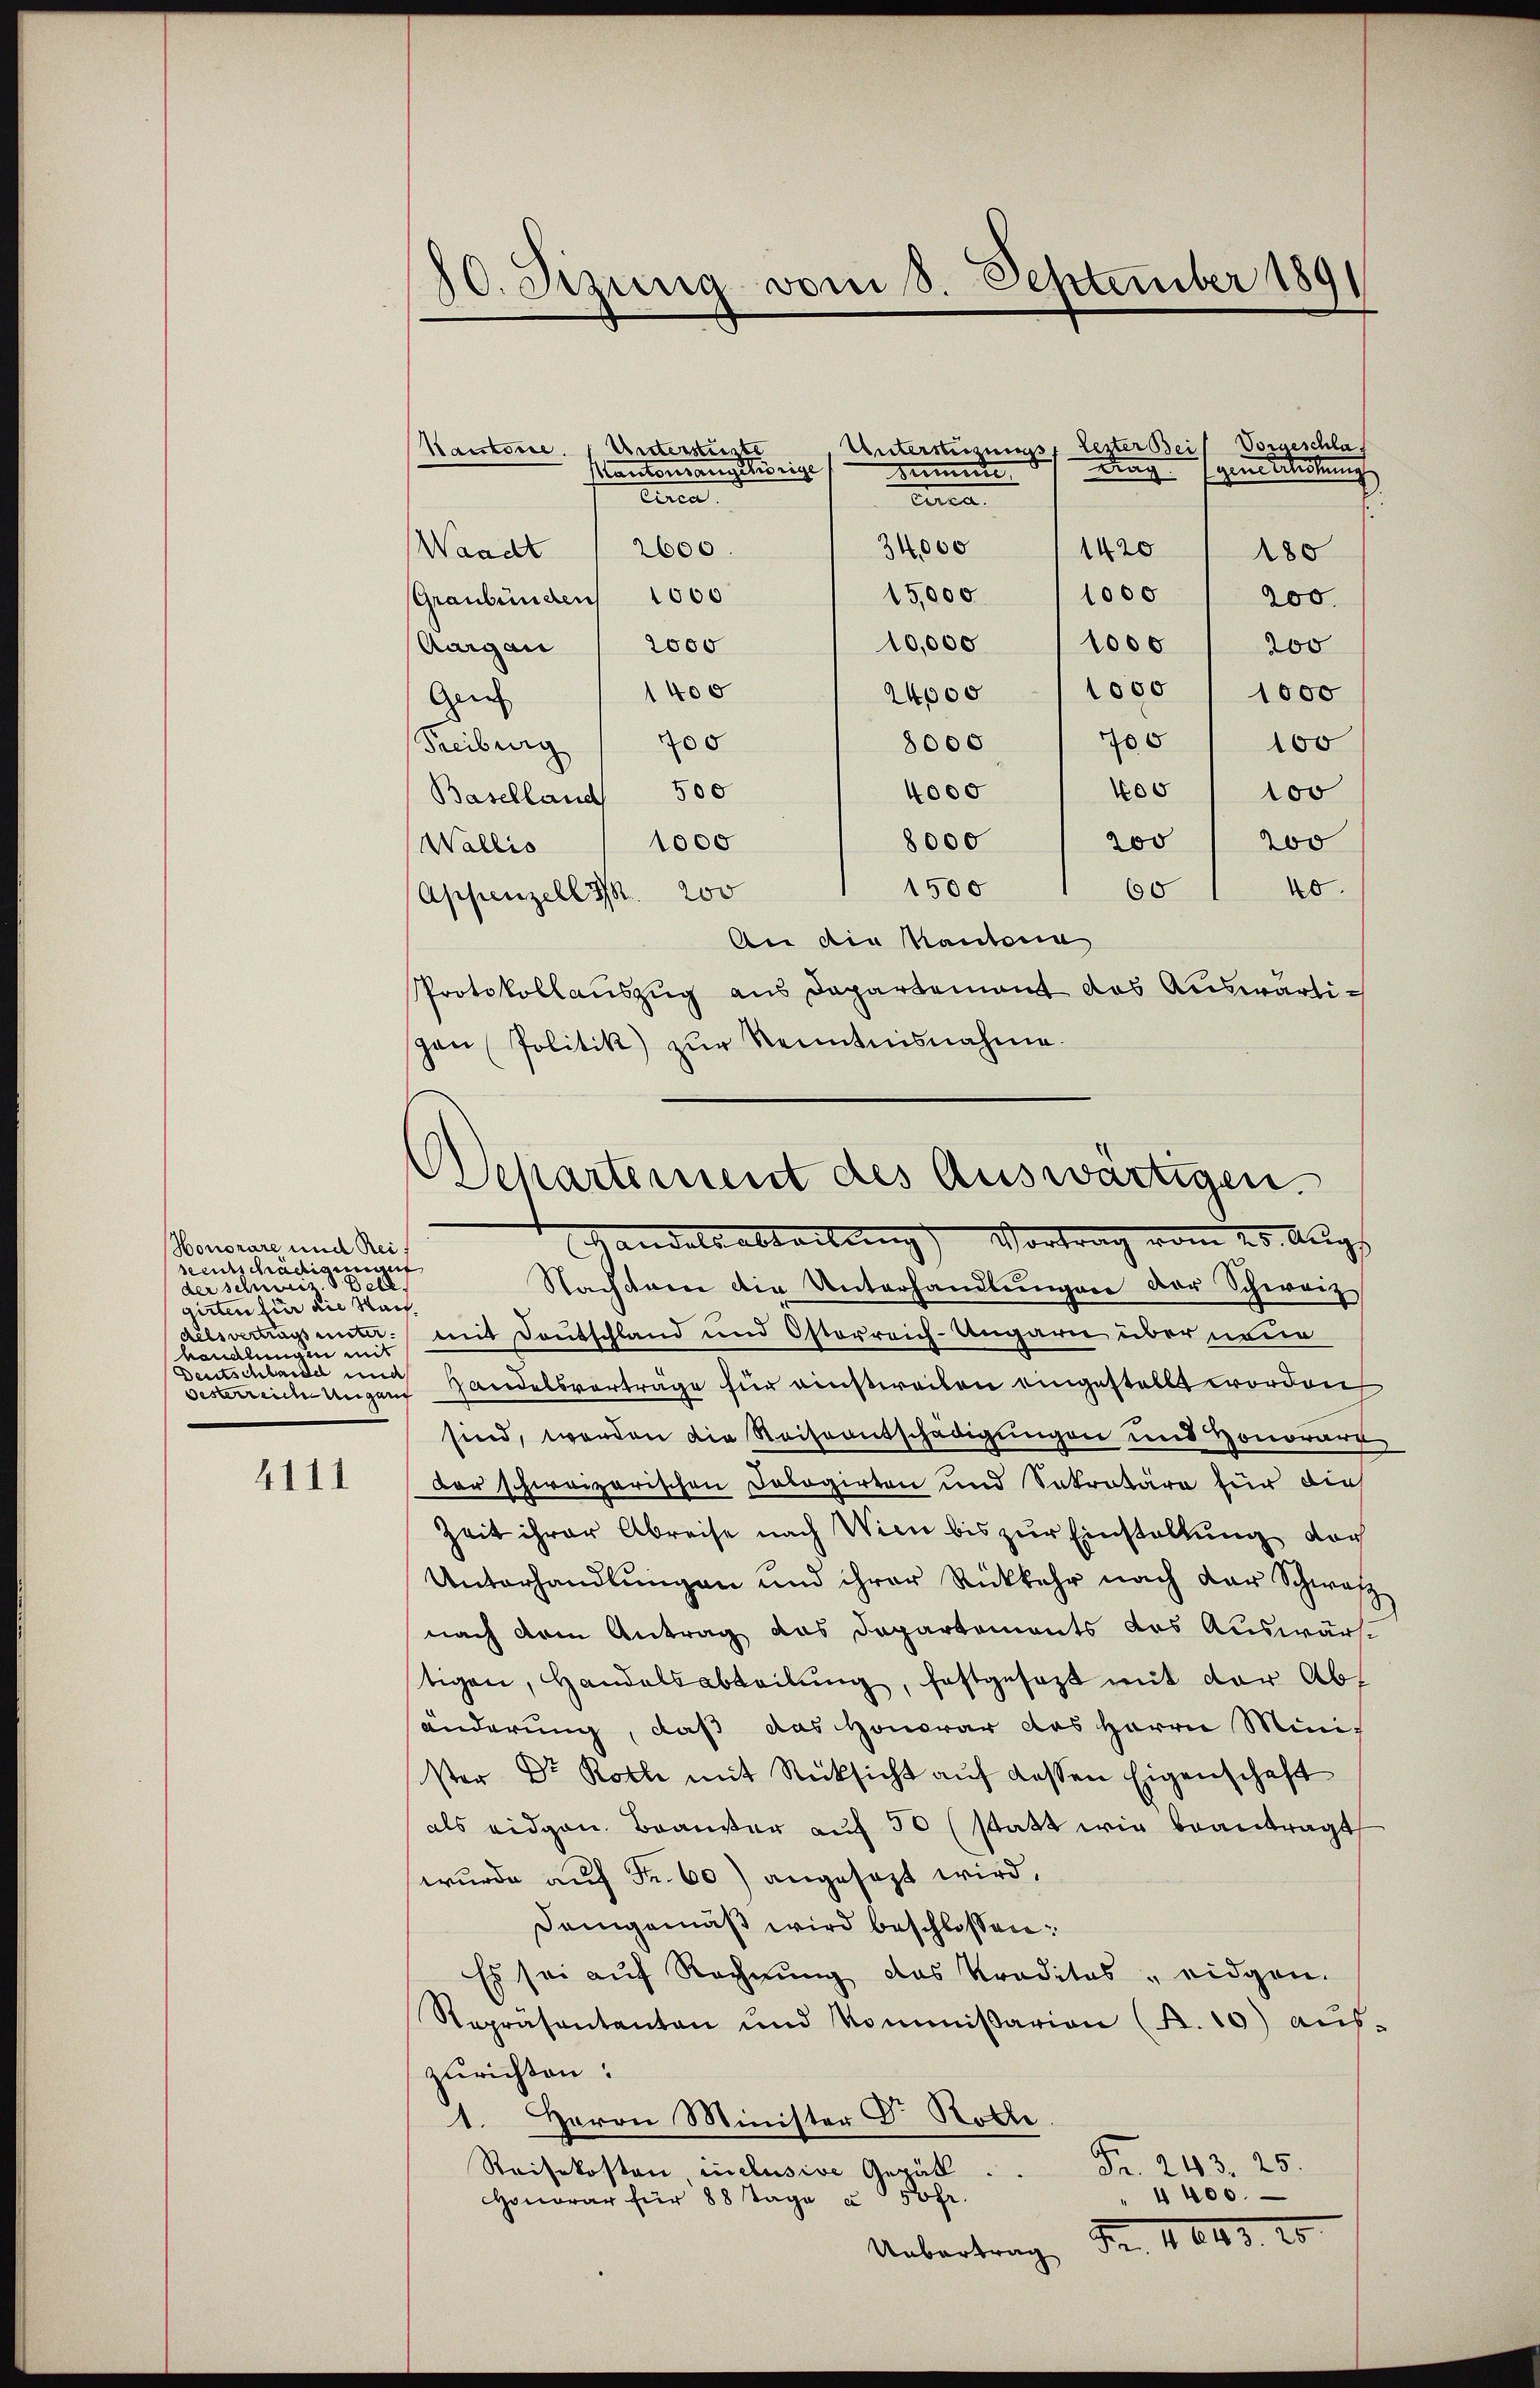
Honorare und Reiseentschädigungen
der schwer Zell
girten für die Sach
Kandlungen mit
Oesterreiche Umgang

4111

80. Sizung vom 8. September 1891

Vorgeschlaf
Unterstierungs- Lezter Bei
Kantone. Unterstüzte
dag (genssteckung
Kantonsangehörige
timmte
tiren.
circa
34,000
2600
1420
Waadt
180
15,000
1000
Graubünden 1000
200.
Aargau / 2000
10,000 / 1000 / 200
1400
24000 11000 / 1000
Gei
8000 / Jes " 100
Freiburg  700
400/ 100
4000
Baselland 500
8000
200
200
1000
Wallis
1500
40.
60
Appenzell S. 200
An die Kantona
Protokollauszug aus Departement das Auswärtipan (Politik) zŭr Kenntnisnahme.

Departement des Auswärtigen.
Adelsabteilung) Vortrag vom 25. Aug.

Nacharen die Unterhandlŭngen der Schweiz
delsvertragsunter mit Deutschland und Osterreich-Ungarn über neue
Deutschlasse und Handelsvorträge für einstweilen eingestellt worden
sind, werden die Reiseentschädigungen und Honorarr
der schweizerischen Dologirten und Sekretäre für dies
Zeit ihrer Abreise nach Wien bis zur Einstallung doch
Unterhandlungen und ihrer Rückkehr nach der Schwarz
nach dem Antrag das Departements das Auswärst
tigen, Handelsabteilŭng, festgesezt mit der Abs
änderung, daß das Honorar des Herrn Minis
ster Dr Kolle mit Rücksicht aŭf dessen Eigenschaft
als eidgen. Brander auf 30 (statt wie beantragt
wurde auf Fr. 60) angesagt wird.
Demgemäß wird beschlossen:
Es sei auf Rechnung das Praditas eidgen.
Repräsentanten und kommissarion (K.10) aus-
zurichten:
1. Herrn Minister Dr. Rothe
Fr. 243. 25.
Reisekosten inclusive Gepäll.
" 4400.
Johe.
HHonorar für 88 Tage u
Fr. 11643. 15
Uebertrag